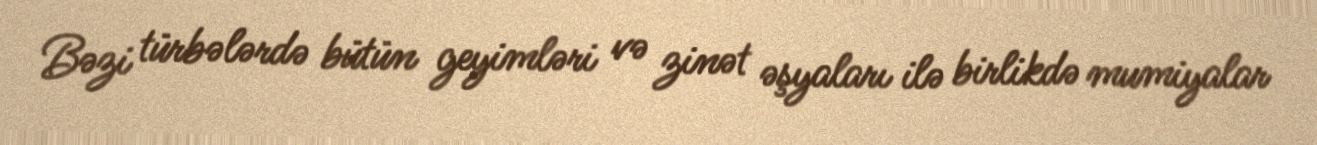
Bəzi türbələrdə bütün geyimləri və zinət əşyaları ilə birlikdə mumiyalar